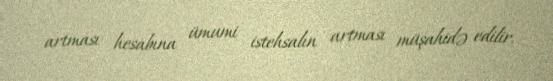
artması hesabına ümumi istehsalın artması müşahidə edilir.